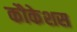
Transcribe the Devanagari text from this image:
कौकेशस